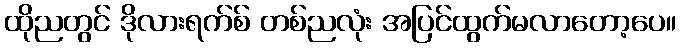
ထိုညတွင် ဒိုလားရက်စ် တစ်ညလုံး အပြင်ထွက်မလာတော့ပေ။